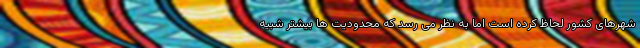
شهرهای کشور لحاظ کرده است اما به نظر می رسد که محدودیت ها بیشتر شبیه